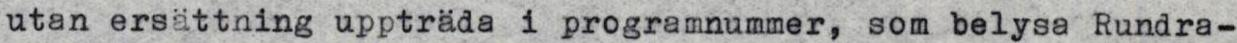
utan ersättning uppträda i programnummer, som belysa Rundra-